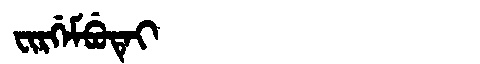
Manchu: ᠸᡳᡵᡤᡝᠮᠪᡠᡨᡝᡳ
Romanization: FIRGEMBUTEI